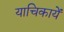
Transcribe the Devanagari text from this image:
याचिकायें